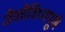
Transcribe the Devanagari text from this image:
जैववैविध्यपूर्ण